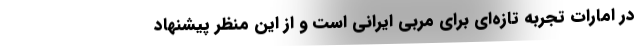
در امارات تجربه تازه‌ای برای مربی ایرانی است و از این منظر پیشنهاد